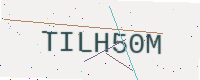
Text: TILH50M